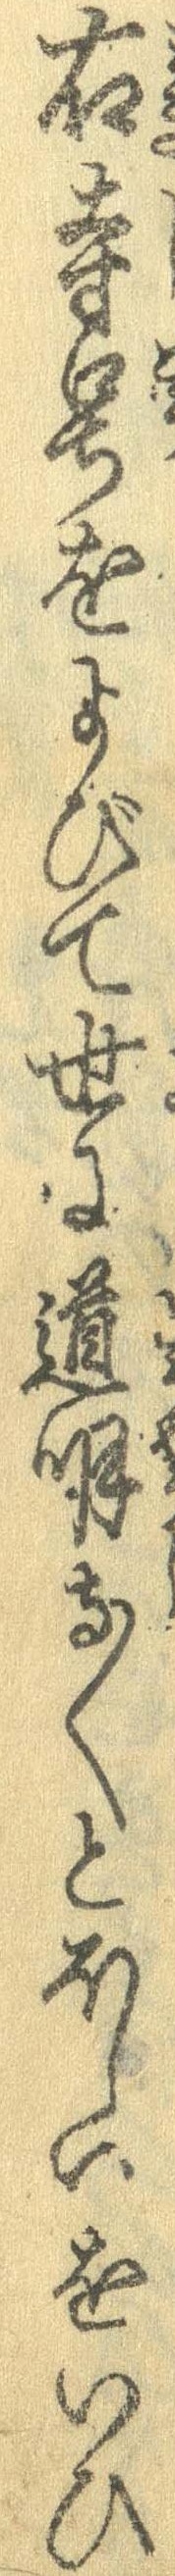
右寺号をよびて世に道明寺〱とほしいをいひ